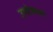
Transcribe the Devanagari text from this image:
उपोशण